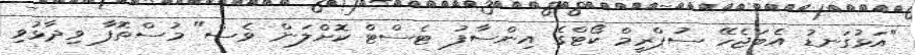
"އަޅުގަނޑު އެބަޖެހޭ ސުޕްރީމް ކޯޓްގެ އިންސާފު ޓެސްޓް ކޮށްލަން ވެސް" މުސްތޮފާ ވިދާޅުވި